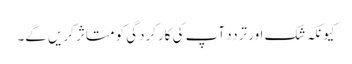
کیونکہ شک اور تردد آپ کی کارکردگی کو متاثر کریں گے۔